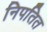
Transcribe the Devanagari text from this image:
निपतित